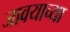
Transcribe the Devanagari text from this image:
जावयाच्या